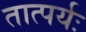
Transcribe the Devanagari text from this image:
तात्पर्यः